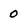
Character: 0